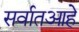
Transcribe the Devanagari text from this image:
सर्वातआहे